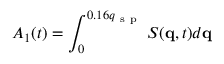
A _ { 1 } ( t ) = \int _ { 0 } ^ { 0 . 1 6 q _ { \mathrm { ~ s ~ p ~ } } } { S ( \mathbf { q } , t ) d \mathbf { q } }